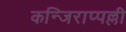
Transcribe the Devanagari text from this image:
कन्जिराप्पल्ली